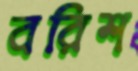
বরিশ